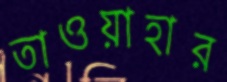
তাওয়াহার